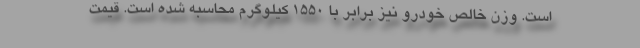
است. وزن خالص خودرو نیز برابر با 1550 کیلوگرم محاسبه شده است. قیمت